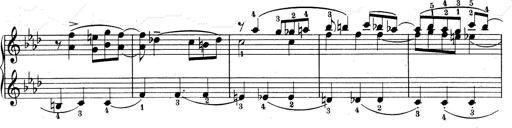
Title: Weinen, Klagen, Sorgen, Zagen
Composer: Franz Liszt